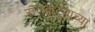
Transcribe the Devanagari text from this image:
राजकूटूंबाच्या